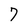
Character: 7